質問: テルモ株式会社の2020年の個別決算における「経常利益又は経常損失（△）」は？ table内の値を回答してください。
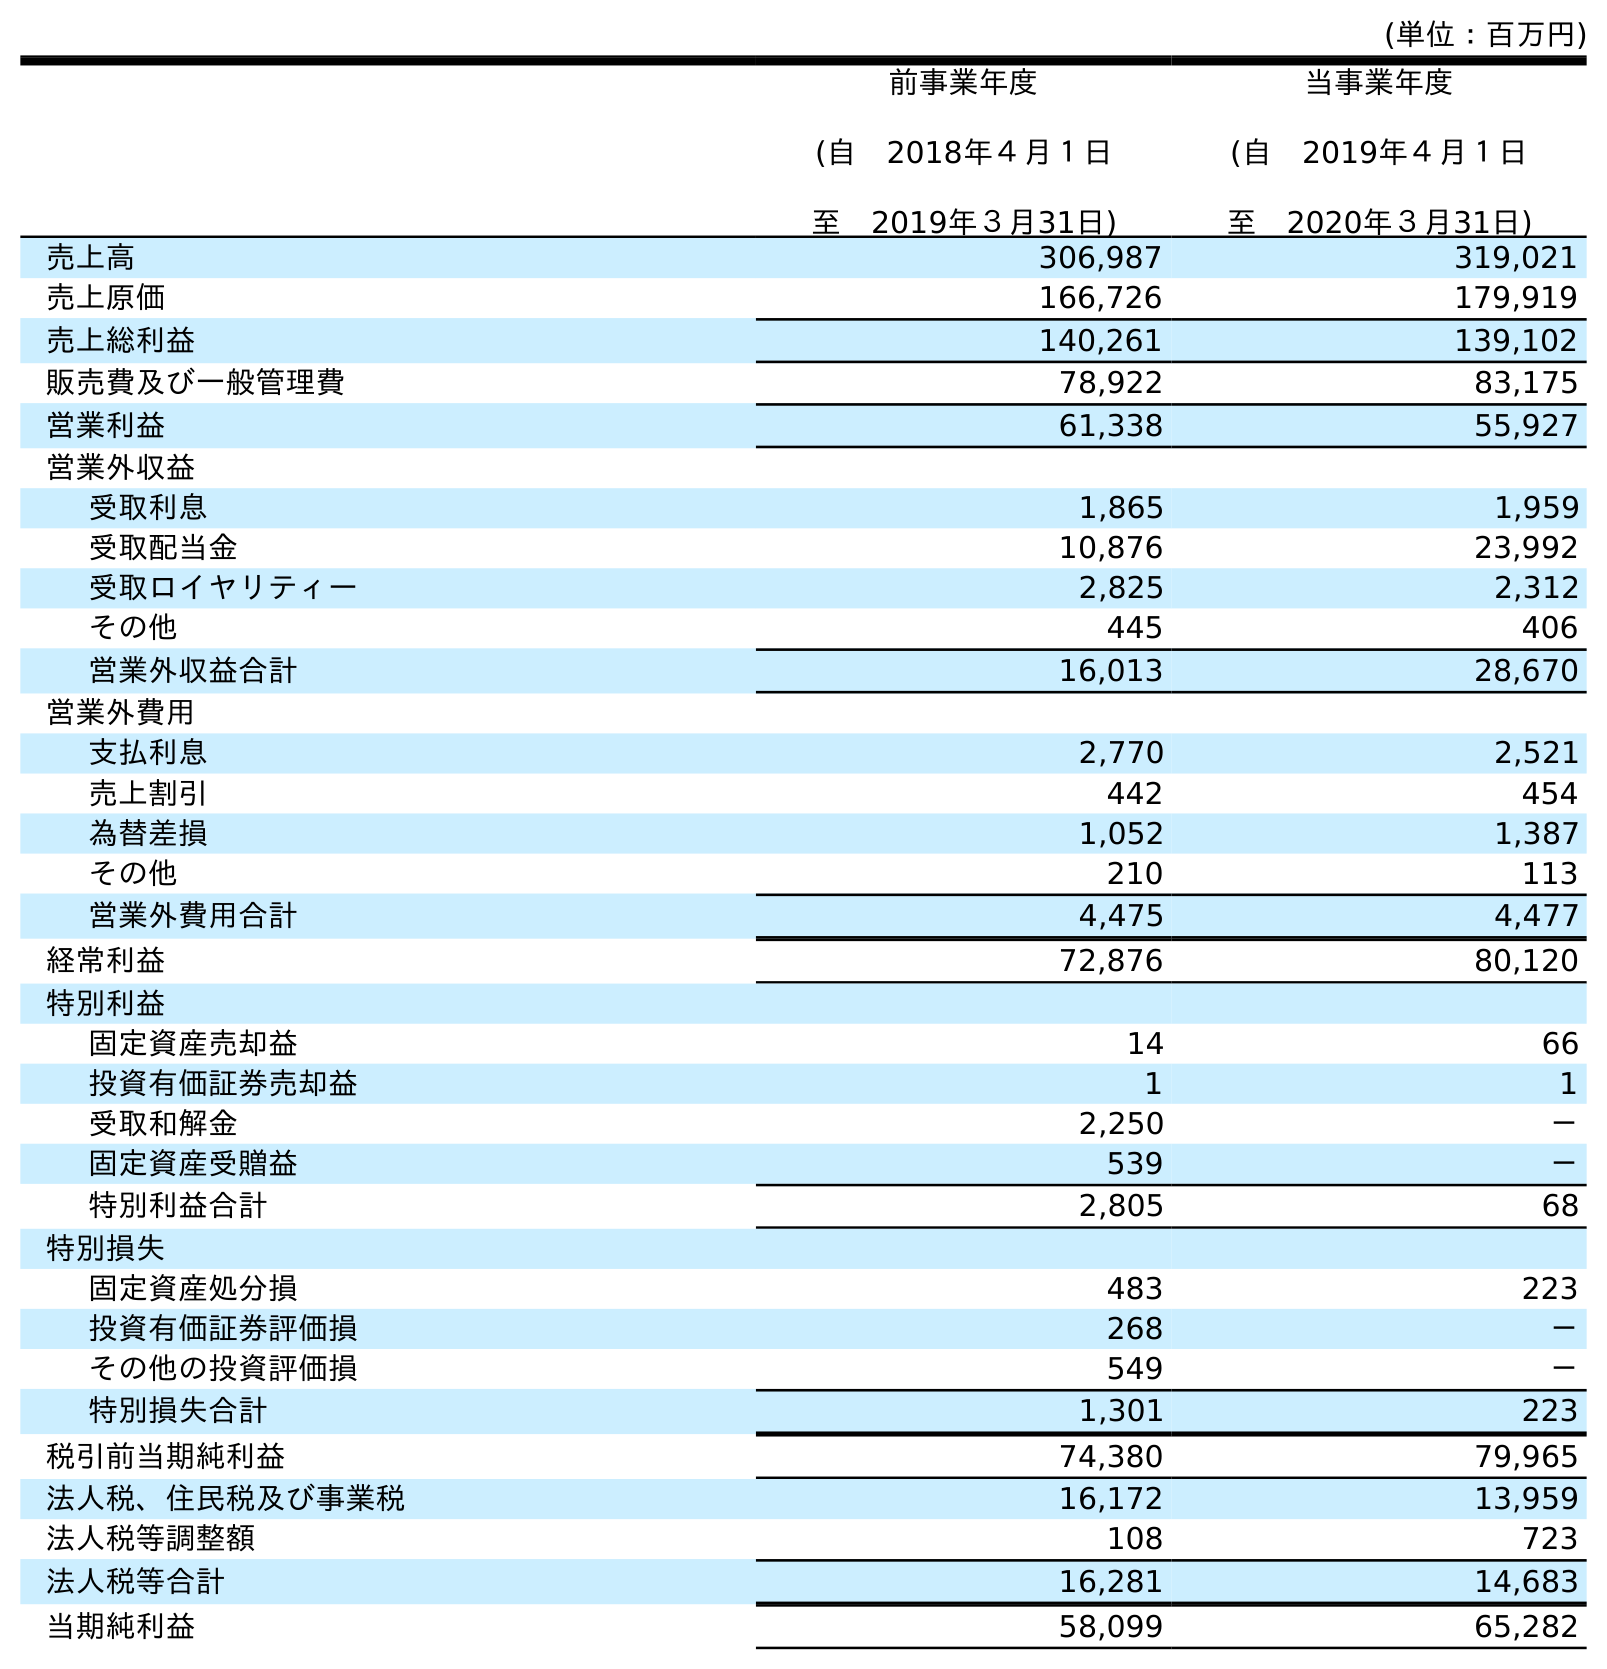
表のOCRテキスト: (単位：百万円) 前事業年度 (自 2018年４月１日 至 2019年３月31日) 当事業年度 (自 2019年４月１日 至 2020年３月31日) 売上高 306,987 319,021 売上原価 166,726 179,919 売上総利益 140,261 139,102 販売費及び一般管理費 78,922 83,175 営業利益 61,338 55,927 営業外収益 受取利息 1,865 1,959 受取配当金 10,876 23,992 受取ロイヤリティー 2,825 2,312 その他 445 406 営業外収益合計 16,013 28,670 営業外費用 支払利息 2,770 2,521 売上割引 442 454 為替差損 1,052 1,387 その他 210 113 営業外費用合計 4,475 4,477 経常利益 72,876 80,120 特別利益 固定資産売却益 14 66 投資有価証券売却益 1 1 受取和解金 2,250 － 固定資産受贈益 539 － 特別利益合計 2,805 68 特別損失 固定資産処分損 483 223 投資有価証券評価損 268 － その他の投資評価損 549 － 特別損失合計 1,301 223 税引前当期純利益 74,380 79,965 法人税、住民税及び事業税 16,172 13,959 法人税等調整額 108 723 法人税等合計 16,281 14,683 当期純利益 58,099 65,282
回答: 80,120